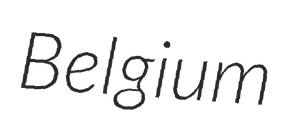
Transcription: Belgium